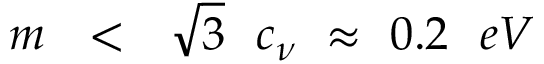
m \ \ < \ \ \sqrt { 3 } \ \ c _ { \nu } \ \approx \ 0 . 2 \ \ e V